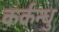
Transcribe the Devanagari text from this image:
कर्कन्धु